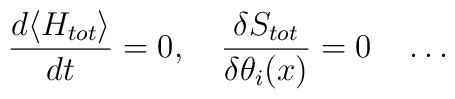
\frac{d \langle H_{tot}\rangle}{dt} = 0, ~~~\frac{\delta S_{tot}}{\delta\theta_i(x)} = 0 ~~~\ldots